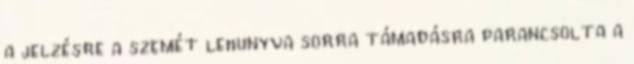
a jelzésre a szemét lehunyva sorra támadásra parancsolta a